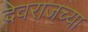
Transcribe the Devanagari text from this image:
देवराजच्या